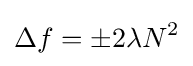
\Delta f=\pm 2\lambda N^{2}